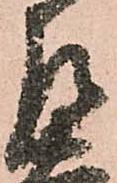
左